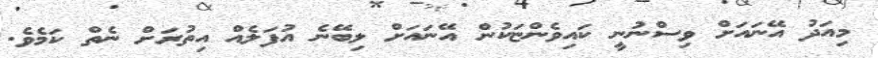
މިއަދު އޭނައަށް ވިސްނުނީ ކައިވެންޏަކުން އޭނައަށް ލިބޭނެ އުފަލެއް އިތުރަށް ނެތް ކަމެވެ.